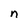
Character: n